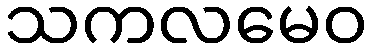
သကလမေဝ